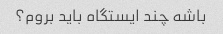
باشه چند ایستگاه باید بروم؟